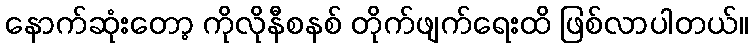
နောက်ဆုံးတော့ ကိုလိုနီစနစ် တိုက်ဖျက်ရေးထိ ဖြစ်လာပါတယ်။